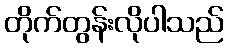
တိုက်တွန်းလိုပါသည်